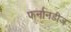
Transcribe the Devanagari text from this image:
फर्नानडीज